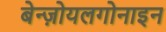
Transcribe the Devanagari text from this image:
बेन्ज़ोयलगोनाइन